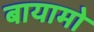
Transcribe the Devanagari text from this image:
बायामो